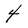
Character: 4